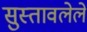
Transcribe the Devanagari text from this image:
सुस्तावलेले